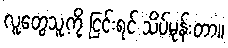
လူတွေသူ့ကို ငြင်းရင် သိပ်မုန်းတာ။